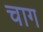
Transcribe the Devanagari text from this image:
चाग